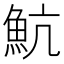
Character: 魧